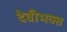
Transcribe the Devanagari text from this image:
देवीभक्त